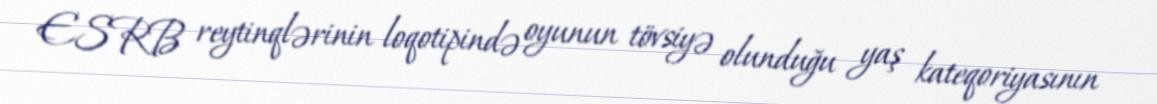
ESRB reytinqlərinin loqotipində oyunun tövsiyə olunduğu yaş kateqoriyasının